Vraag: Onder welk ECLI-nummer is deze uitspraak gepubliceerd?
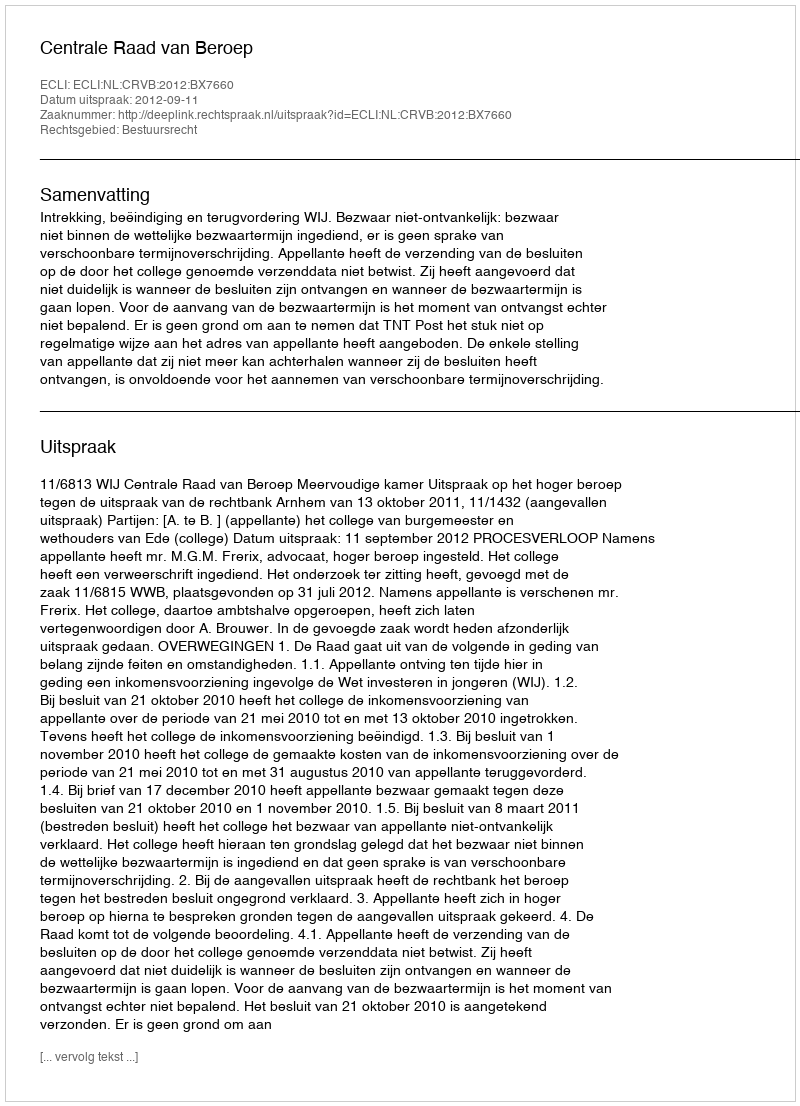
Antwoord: ECLI:NL:CRVB:2012:BX7660